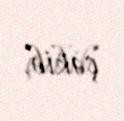
çəkib.